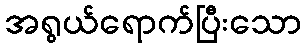
အရွယ်ရောက်ပြီးသော